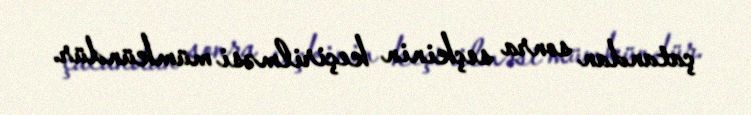
çatandan sonra seçkinin keçirilməsi mümkündür.